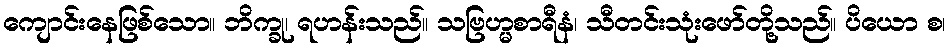
ကျောင်းနေဖြစ်သော။ ဘိက္ခု၊ ရဟန်းသည်။ သဗြဟ္မစာရီနံ၊ သီတင်းသုံးဖော်တို့သည်။ ပိယော စ၊